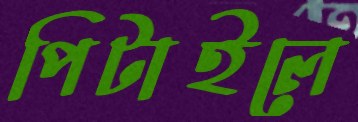
পিটাইলে